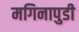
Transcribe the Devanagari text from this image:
मगिनापुडी